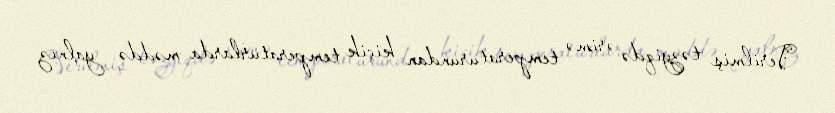
Verilmiş təzyiqdə ərimə temperaturundan kiçik temperaturlarda məddə yalnız